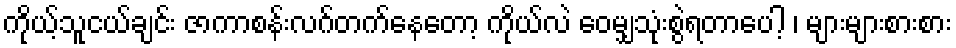
ကိုယ့်သူငယ်ချင်း ဇာကာစန်းလဂ်တက်နေတော့ ကိုယ်လဲ ဝေမျှသုံးစွဲရတာပေါ့ ၊ များများစားစား